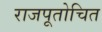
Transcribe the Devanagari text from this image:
राजपूतोचित